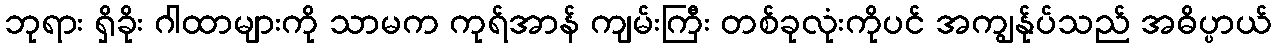
ဘုရား ရှိခိုး ဂါထာများကို သာမက ကုရ်အာန် ကျမ်းကြီး တစ်ခုလုံးကိုပင် အကျွန်ုပ်သည် အဓိပ္ပာယ်